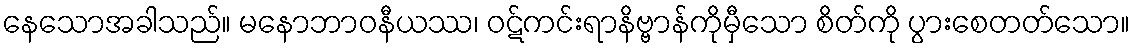
နေသောအခါသည်။ မနောဘာဝနီယဿ၊ ဝဋ်ကင်းရာနိဗ္ဗာန်ကိုမှီသော စိတ်ကို ပွားစေတတ်သော။